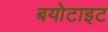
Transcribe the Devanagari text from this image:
बयोटाइट